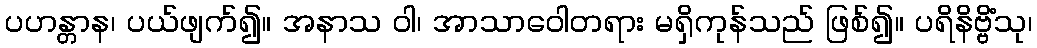
ပဟန္တာန၊ ပယ်ဖျက်၍။ အနာသ ဝါ၊ အာသာဝေါတရား မရှိကုန်သည် ဖြစ်၍။ ပရိနိဗ္ဗိံသု၊